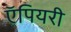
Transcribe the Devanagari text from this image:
ऍपियरी